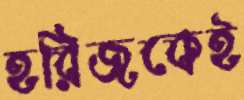
হরিজকেই